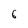
Character: 6